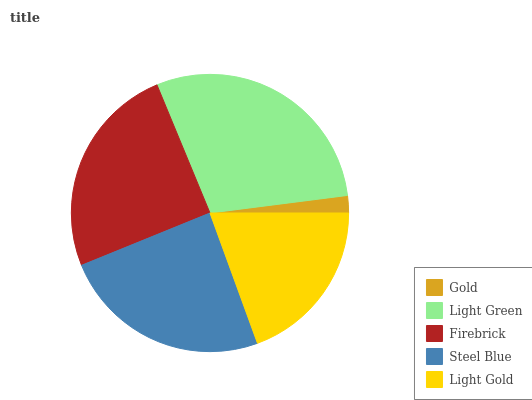
| Gold | Light Green | Firebrick | Steel Blue | Light Gold |
 | --- | --- | --- | --- | --- |
 | 2.02% | 29.3% | 25% | 24.3% | 19.4% |